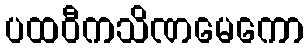
ပထဝီကသိဏမေကော